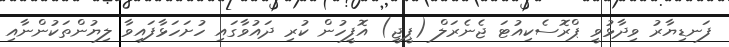
ފަނޑިޔާރު ވިދާޅުވީ ޕްރޮސެކިއުޓަ ޖެނެރަލް (ޕީޖީ) އޮފީހުން ކުރި ދައުވާގައި ހުށަހަޅާފައިވާ ލިޔުންތަކުންނާއި